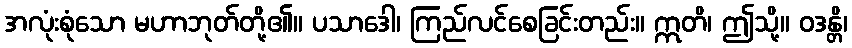
အလုံးစုံသော မဟာဘုတ်တို့၏။ ပသာဒေါ၊ ကြည်လင်စေခြင်းတည်း။ ဣတိ၊ ဤသို့။ ဝဒန္တိ၊